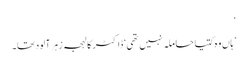
‘
’ہاں وہ کتیا حاملہ نہیں تھی‘ ڈاکٹر کا لہجہ زہر آلود تھا۔